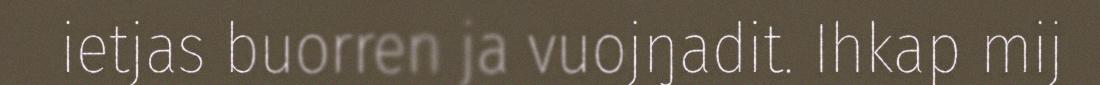
ietjas buorren ja vuojŋadit. Ihkap mij